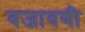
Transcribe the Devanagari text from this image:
बजावणी